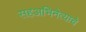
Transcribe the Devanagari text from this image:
सहअभिनेत्याचे